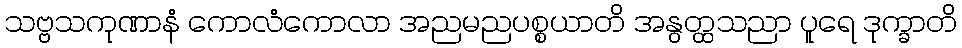
သဗ္ဗသကုဏာနံ ကောလံကောလာ အညမညပစ္စယာတိ အနွတ္ထသညာ ပူရေ ဒုက္ခာတိ